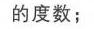
的度数；